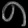
Digit: ၈